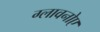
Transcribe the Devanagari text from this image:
ग्लावनोए